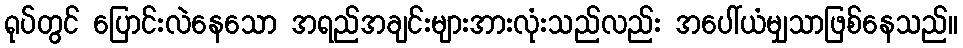
ရုပ်တွင် ပြောင်းလဲနေသော အရည်အချင်းများအားလုံးသည်လည်း အပေါ်ယံမျှသာဖြစ်နေသည်။